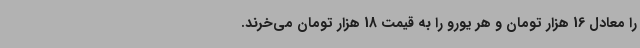
را معادل 16 هزار تومان و هر یورو را به قیمت 18 هزار تومان می‌خرند.